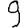
Digit: 9